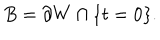
B = \partial W \cap \{ t = 0 \} .